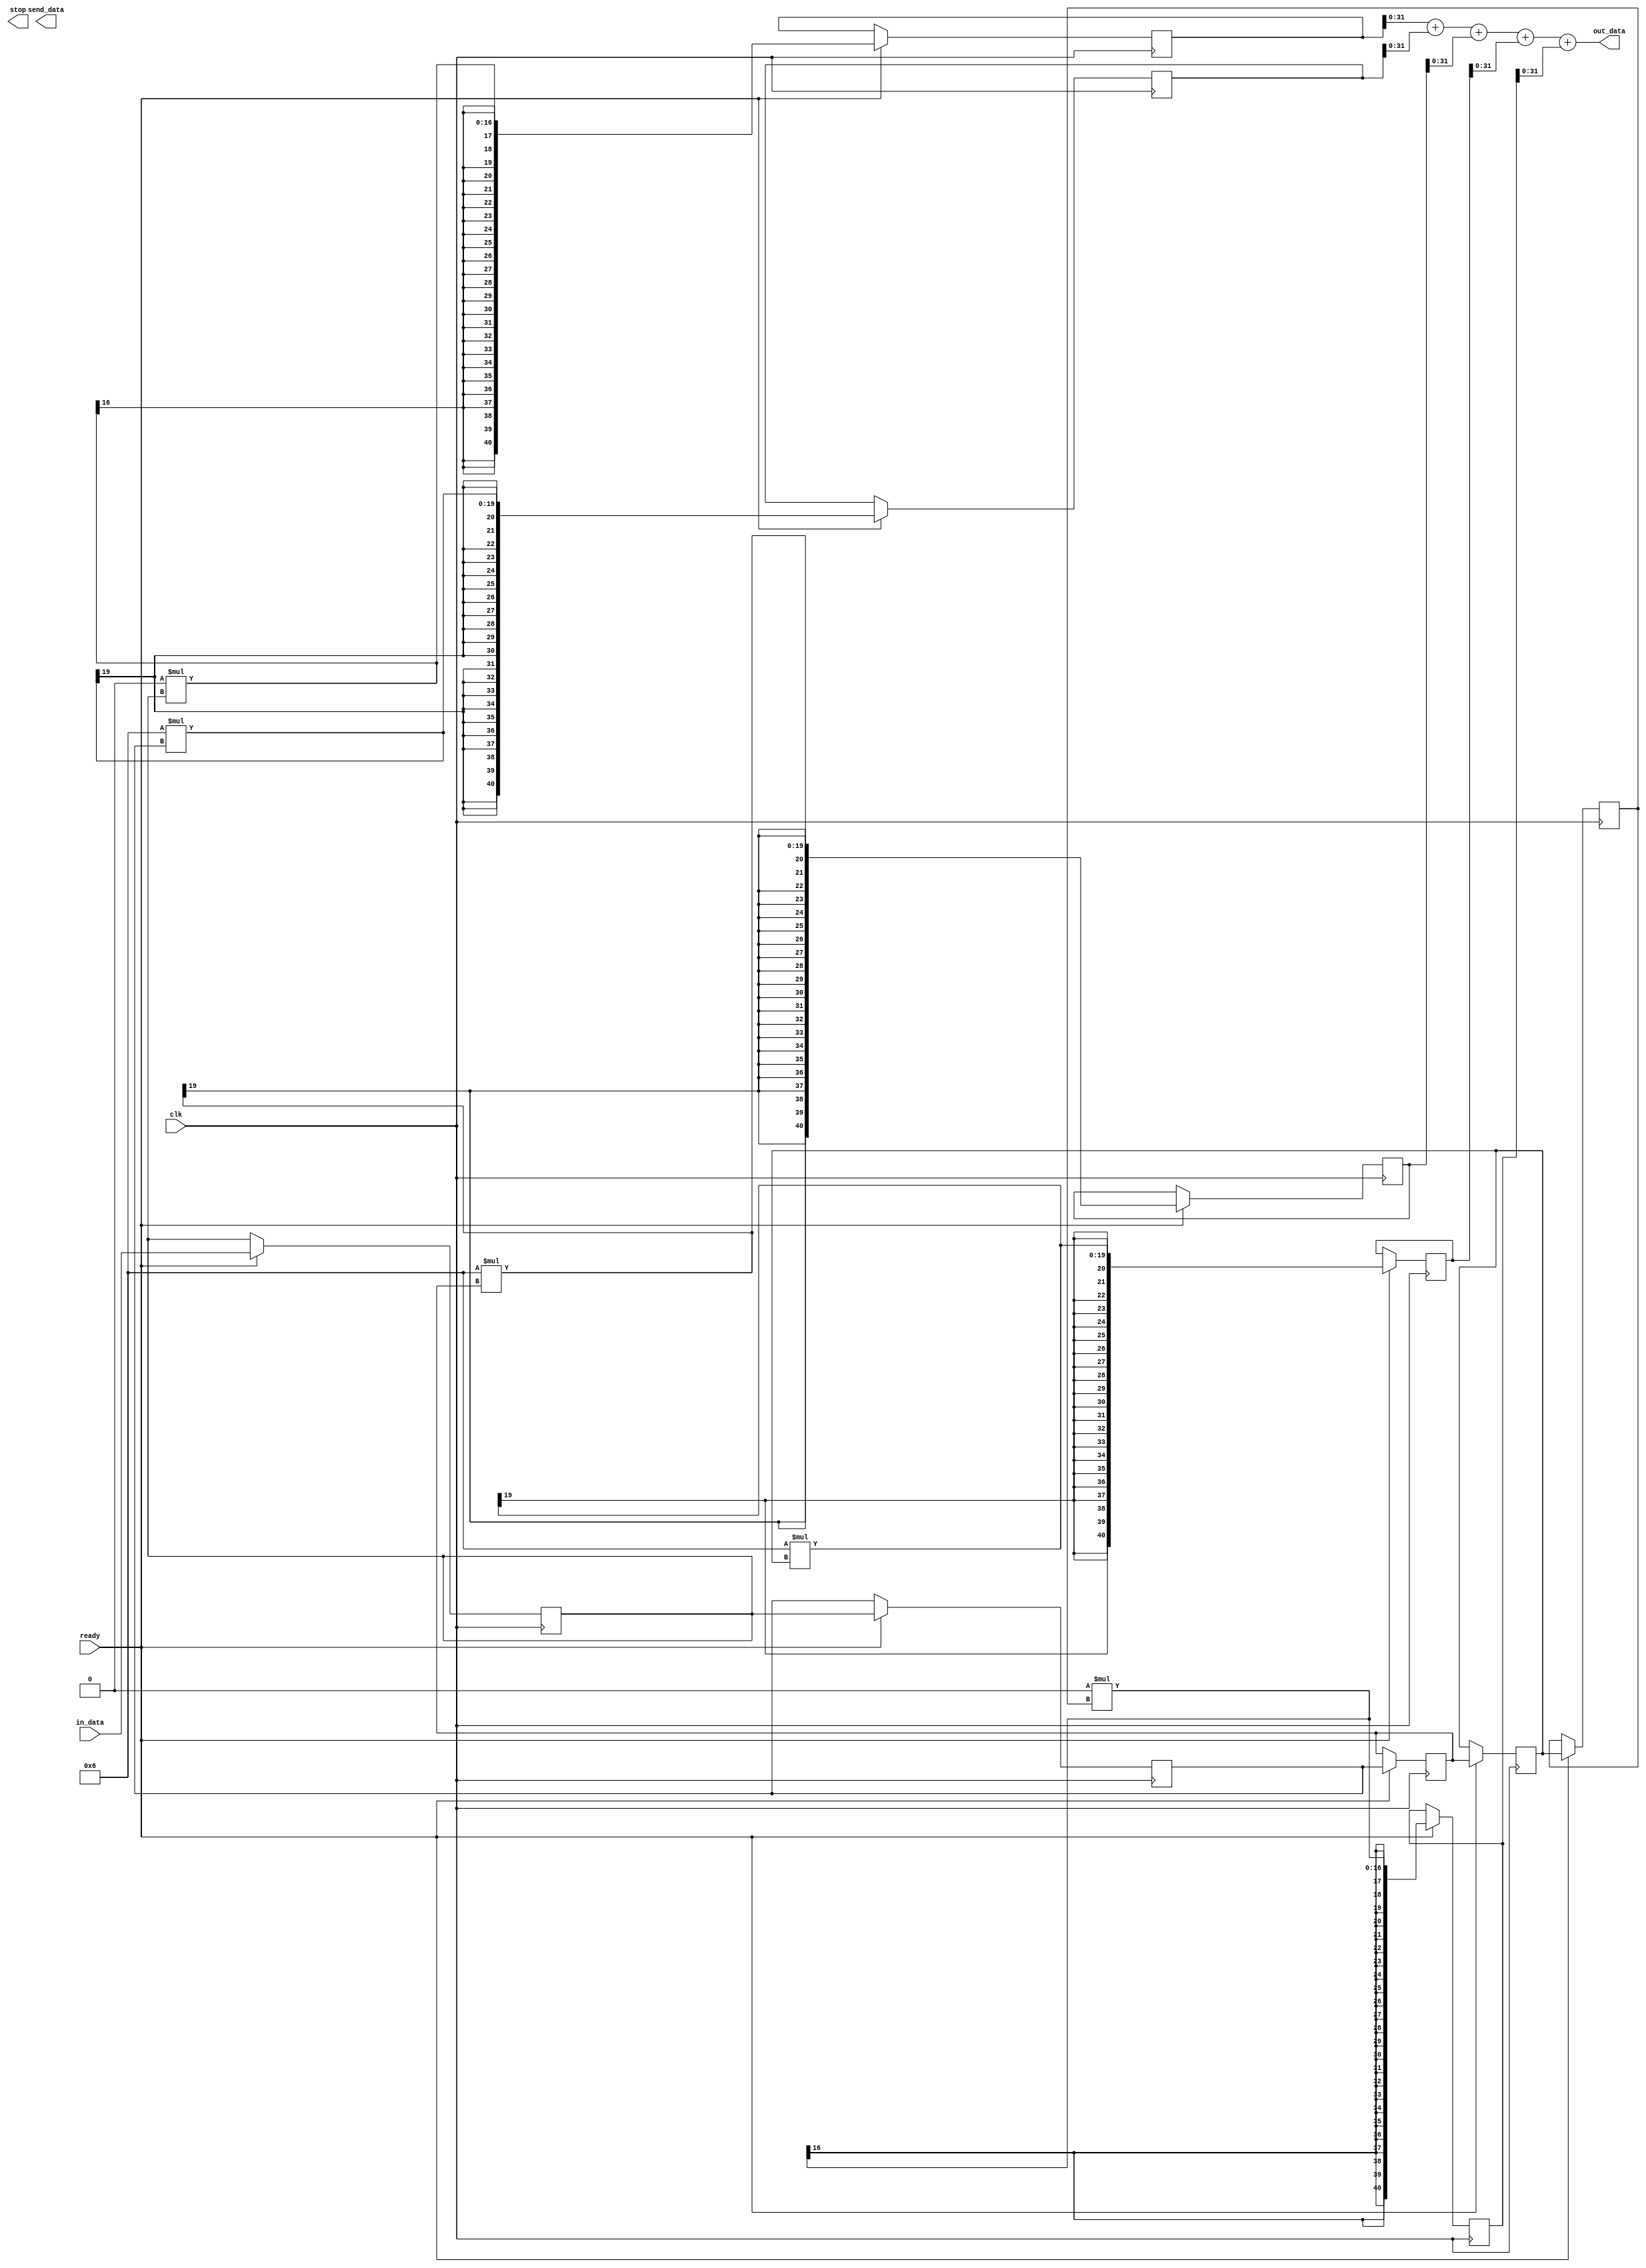
module fir(clk,ready,stop,in_data,out_data,send_data);
parameter N=16,K=41;
input ready,clk; input signed [N-1:0] in_data;output stop,send_data; output [31:0] out_data;
integer i=0;reg [N-1:0] R;reg [N-1:0] temp=0;reg signed [N-1:0] buff0,buff1,buff2,buff3,buff4;reg signed [K-1:0] acc0,acc1,acc2,acc3,acc4;
wire signed [7:0] tap0,tap1,tap2,tap3,tap4; 


assign tap0=8'b0;
assign tap1=8'b00000110;
assign tap2=8'b00000110;
assign tap3=8'b00000110;
assign tap4=8'b0;

always @(posedge clk)
begin
R=in_data; 
if(ready == 1)
 begin
   buff0 <= R;
   buff1 <= buff0;        
   buff2 <= buff1;         
   buff3 <= buff2;      
   buff4 <= buff3; 
 end
 else
  begin
   buff0 <= buff0;
   buff1 <= buff1;        
   buff2 <= buff2;         
   buff3 <= buff3;      
   buff4 <= buff4;      
  end
  end  
  always @ (posedge clk)
   begin
   if (ready==1)
    begin
    acc0 <= tap0 * buff0;
    acc1 <= tap1 * buff1;
    acc2 <= tap2 * buff2;
    acc3 <= tap3 * buff3;
    acc4 <= tap4 * buff4;                 
end

 end
assign    out_data= acc0 + acc1 + acc2 + acc3 + acc4;  

endmodule